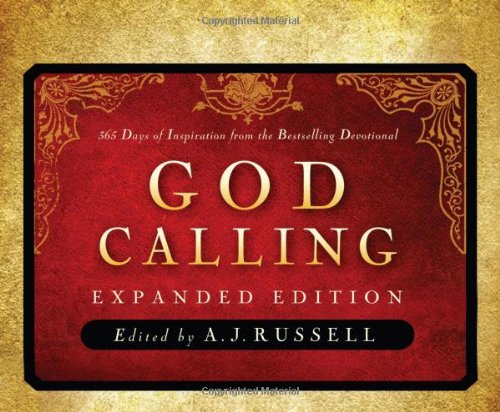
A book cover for GOD CALLING (365 Perpetual Calendars); Calendars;